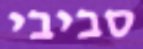
סביבי